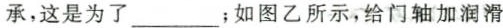
承，这是为了___；如图乙所示，给门轴加润滑